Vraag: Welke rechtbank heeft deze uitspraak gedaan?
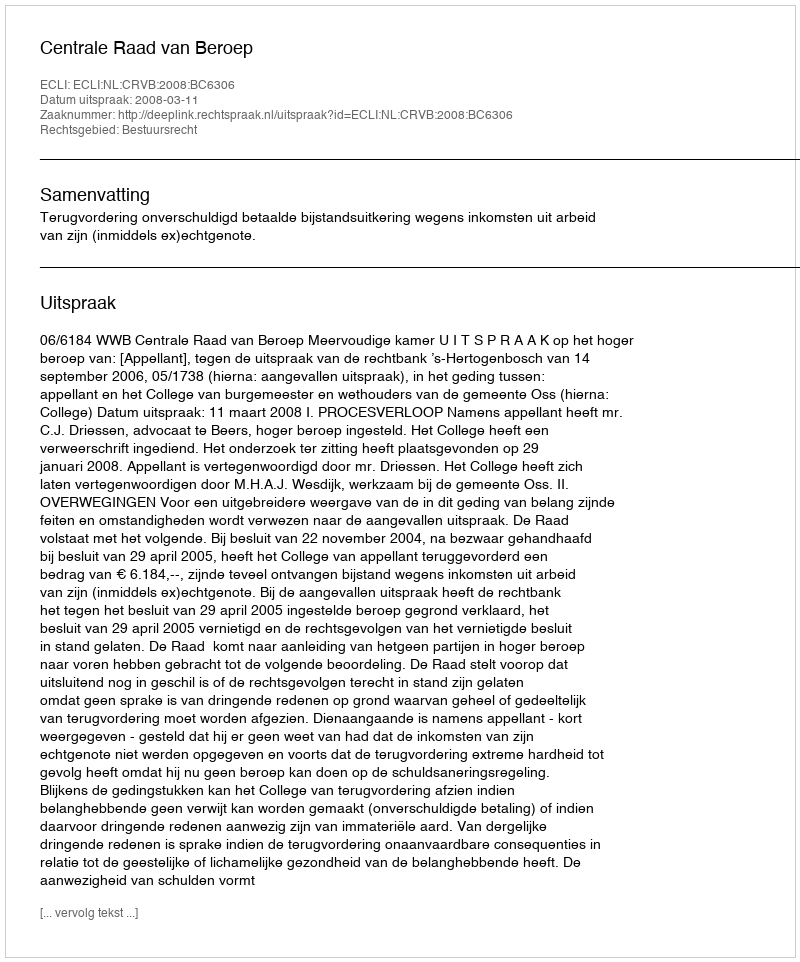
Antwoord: Centrale Raad van Beroep